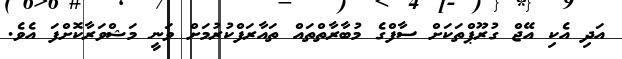
އަދި އެކި އޭޖް ގުރޫޕްތަކަށް ސާފްގެ މުބާރާތްތައް ތައާރަފްކުރުމަށް ވަނީ މަޝްވަރާކޮށްފަ އެވެ.